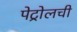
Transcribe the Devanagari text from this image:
पेट्रोलची